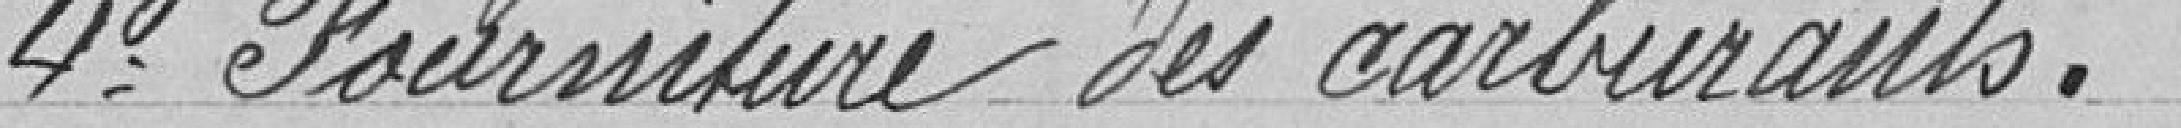
4 Fourniture des carburants